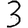
Digit: 3